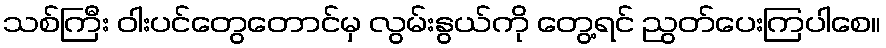
သစ်ကြီး ဝါးပင်တွေတောင်မှ လွမ်းနွယ်ကို တွေ့ရင် ညွတ်ပေးကြပါစေ။